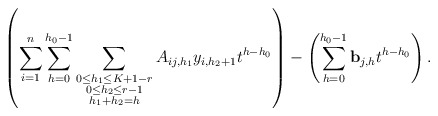
\begin{align*} \left( \sum_{i=1}^n \sum_{h=0}^{h_0-1} \sum_{\substack{0 \le h_1 \le K+1-r\\ 0 \le h_2 \le r-1\\h_1 + h_2 = h}} A_{ij,h_1} y_{i, h_2+1}t^{h-h_0} \right) - \left(\sum_{h=0}^{h_0-1} \mathbf{b}_{j,h} t^{h-h_0} \right). \end{align*}